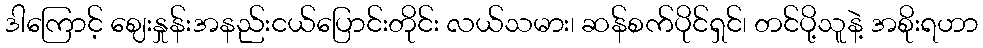
ဒါကြောင့် ဈေးနှုန်းအနည်းငယ်ပြောင်းတိုင်း လယ်သမား၊ ဆန်စက်ပိုင်ရှင်၊ တင်ပို့သူနဲ့ အစိုးရဟာ